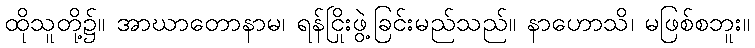
ထိုသူတို့၌။ အာဃာတောနာမ၊ ရန်ငြိုးဖွဲ့ခြင်းမည်သည်။ နာဟောသိ၊ မဖြစ်စဘူး။